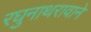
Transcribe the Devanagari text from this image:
रघुनाथरावाने